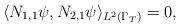
LaTeX: \begin{align*}\langle N_{1,1}\psi, N_{2,1}\psi\rangle_{L^2(\Gamma_T)}&=0,\end{align*}